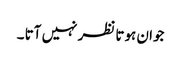
جوان ہوتا نظر نہیں آتا ۔